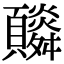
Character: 𩕼